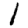
Digit: 1